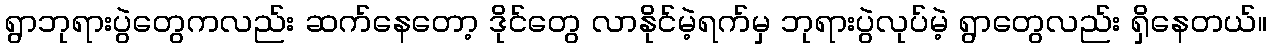
ရွာဘုရားပွဲတွေကလည်း ဆက်နေတော့ ဒိုင်တွေ လာနိုင်မဲ့ရက်မှ ဘုရားပွဲလုပ်မဲ့ ရွာတွေလည်း ရှိနေတယ်။